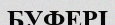
БУФЕРІ